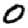
Digit: 0